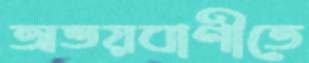
অভয়বাণীতে